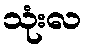
သုံးလ